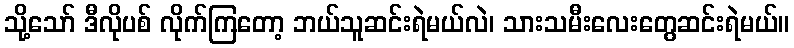
သို့သော် ဒီလိုပစ် လိုက်ကြတော့ ဘယ်သူဆင်းရဲမယ်လဲ၊ သားသမီးလေးတွေဆင်းရဲမယ်။